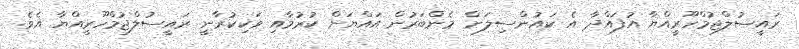
ރައީސުލްޖުމްހޫރީއްޔާ އުފައްދާ އެ ކައުންސިލަށް މެންބަރުން އައްޔަން ކުރުމާއި ވަކިކުރާނީ ރައީސުލްޖުމްހޫރީއްޔާ އެވެ.